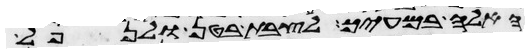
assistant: האלה במעיך לצבת בטן ולנפל